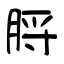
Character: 脟